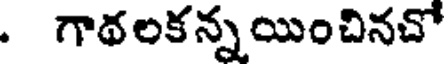
. గాథలకన్నయించినచో